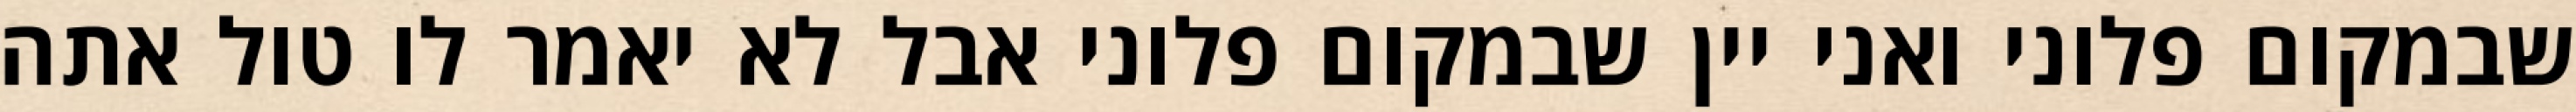
שבמקום פלוני ואני יין שבמקום פלוני אבל לא יאמר לו טול אתה